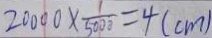
2 0 0 0 0 \times \frac { 1 } { 5 0 0 0 } = 4 ( c m )